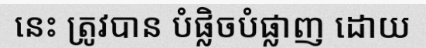
នេះ ត្រូវបាន បំផ្លិចបំផ្លាញ ដោយ